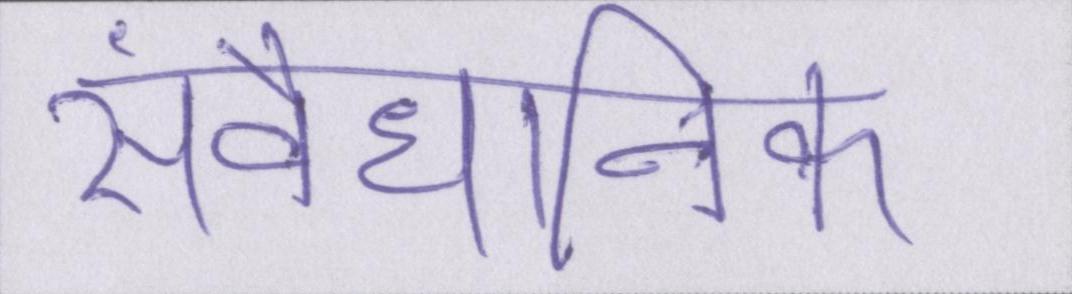
संवैधानिक